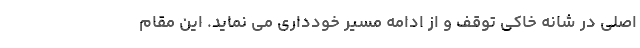
اصلی در شانه خاکی توقف و از ادامه مسیر خودداری می نماید. این مقام